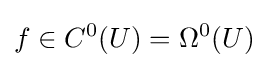
f\in C^{0}(U)=\Omega ^{0}(U)